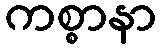
ကစ္စာနာ